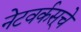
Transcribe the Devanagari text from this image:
नेटवर्कस्‌चे